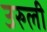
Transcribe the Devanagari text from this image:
उरुली